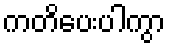
ကတိပေးပါကွာ